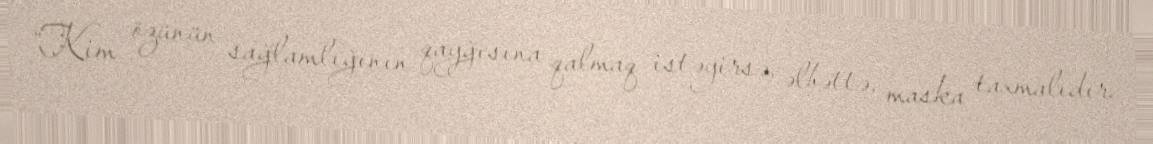
“Kim özünün sağlamlığının qayğısına qalmaq istəyirsə, əlbəttə, maska taxmalıdır.